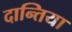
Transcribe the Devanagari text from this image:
दान्तिया